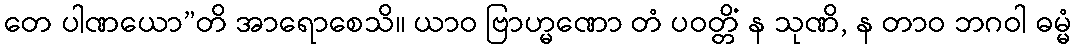
တေ ပါဏယော”တိ အာရောစေသိ။ ယာဝ ဗြာဟ္မဏော တံ ပဝတ္တိံ န သုဏိ, န တာဝ ဘဂဝါ ဓမ္မံ